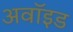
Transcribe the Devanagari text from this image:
अवॉइड